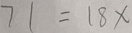
7 1 = 1 8 x